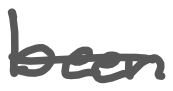
Text: been
Cross-out: single-line
Writing tool: digital_gray